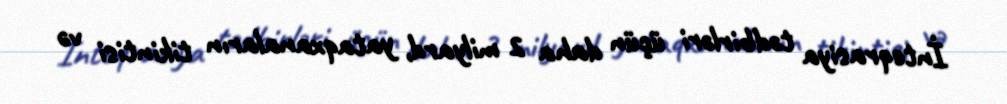
İnteqrasiya tədbirləri üçün daha 2 milyard, yataqxanaların tikintisi və